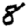
Digit: 8